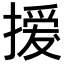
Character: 𢳻